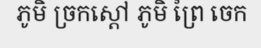
ភូមិ ច្រកស្តៅ ភូមិ ព្រៃ ចេក